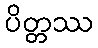
ပိတ္တဿ